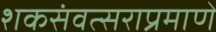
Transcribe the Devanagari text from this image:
शकसंवत्सराप्रमाणे